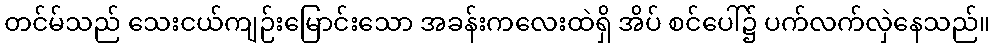
တင်မ်သည် သေးငယ်ကျဉ်းမြောင်းသော အခန်းကလေးထဲရှိ အိပ် စင်ပေါ်၌ ပက်လက်လှဲနေသည်။